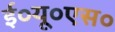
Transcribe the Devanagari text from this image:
ई०यू०एस०